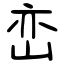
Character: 峦